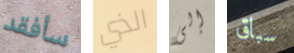
سأفقد الذي إلى سباق